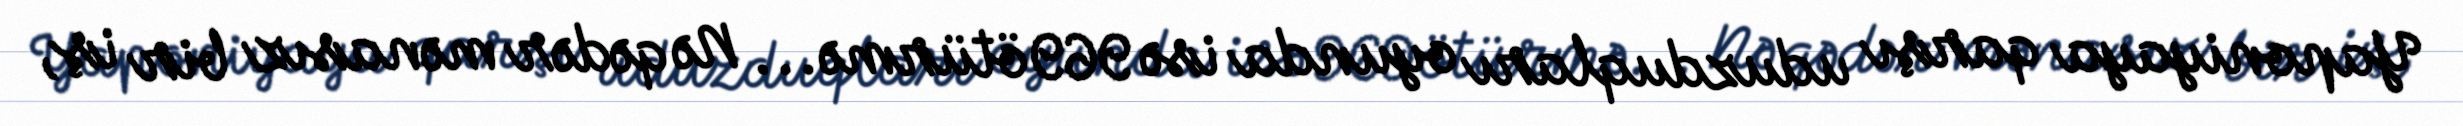
Yaponiyaya qarşı uduzduqları oyunda isə 969 ötürmə... Nə qədər mənasız bir iş,